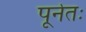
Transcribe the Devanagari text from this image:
पूर्नतः